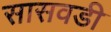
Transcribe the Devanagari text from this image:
सासवडी